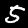
Label: 5